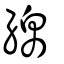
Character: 綿